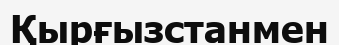
Қырғызстанмен